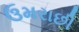
ઉમરાછી